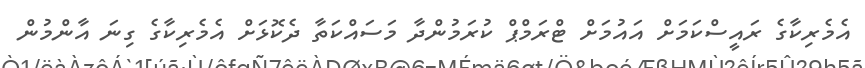
އެމެރިކާގެ ރައީސްކަމަށް އައުމަށް ޓްރަމްޕް ކުރަމުންދާ މަސައްކަތާ ދެކޮޅަށް އެމެރިކާގެ ގިނަ އާންމުން